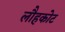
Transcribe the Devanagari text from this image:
लौहकोट